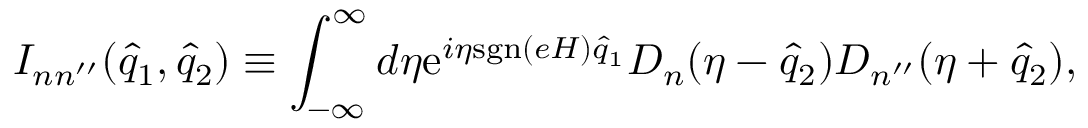
I _ { n n ^ { \prime \prime } } ( \hat { q } _ { 1 } , \hat { q } _ { 2 } ) \equiv \int _ { - \infty } ^ { \infty } d \eta \mathrm { e } ^ { i \eta \mathrm { s g n } ( e H ) \hat { q } _ { 1 } } D _ { n } ( \eta - \hat { q } _ { 2 } ) D _ { n ^ { \prime \prime } } ( \eta + \hat { q } _ { 2 } ) ,